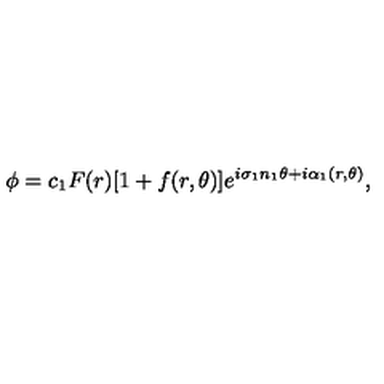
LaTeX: \phi = c _ { 1 } F ( r ) [ 1 + f ( r , \theta ) ] e ^ { i \sigma _ { 1 } n _ { 1 } \theta + i \alpha _ { 1 } ( r , \theta ) } ,